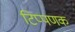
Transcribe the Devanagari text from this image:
टिप्पणक